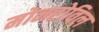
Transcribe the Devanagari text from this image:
मोनरोविल